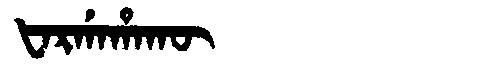
Manchu: ᡶᠠᡵᡤᠠᡥᠠᡴᡡ
Romanization: FARGAHAKŪ